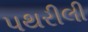
પથરીલી